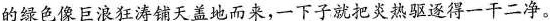
的绿色像巨浪狂涛铺天盖地而来，一下子就把炎热驱逐得一干二净。